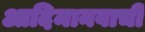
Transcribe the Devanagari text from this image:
आदिमानवाची